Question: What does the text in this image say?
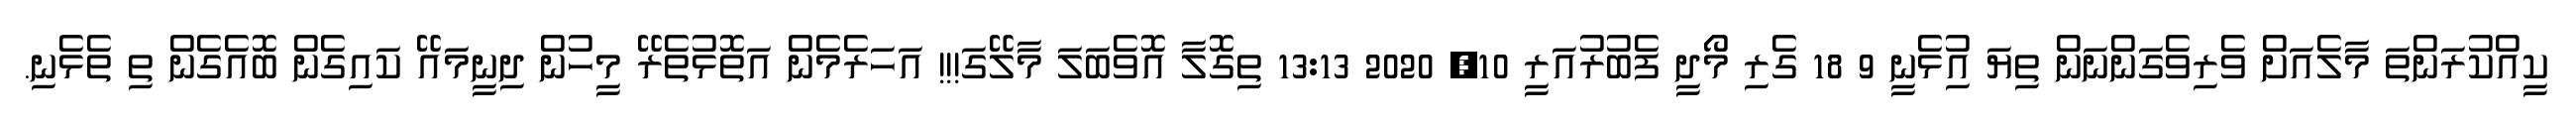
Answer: ކީއްކުރަންތަ މާލެއަށް ވެރިވެގަންނަން ތިޔަ އިުޅެނީ 9 18 ގެރި މޯދީ ފެބުރުއަރީ 10, 2020 13:13 ތިގޮލާ އޮވެބަލަ މާލޭގަ!!! އަހަރެމެން އަތޮޅުތެރޭ މީހުން ދިނީމައޭ ކައިގެން ބޮއެގެން ތި ތެޅެނި.